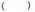
(）